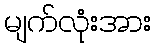
မျက်လုံးအား